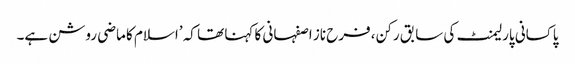
پاکسانی پارلیمنٹ کی سابق رکن، فرح ناز اصفہانی کا کہنا تھا کہ ’اسلام کا ماضی روشن ہے۔